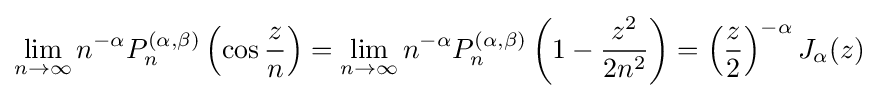
\lim _{n\to \infty }n^{-\alpha }P_{n}^{(\alpha ,\beta )}\left(\cos {\frac {z}{n}}\right)=\lim _{n\to \infty }n^{-\alpha }P_{n}^{(\alpha ,\beta )}\left(1-{\frac {z^{2}}{2n^{2}}}\right)=\left({\frac {z}{2}}\right)^{-\alpha }J_{\alpha }(z)